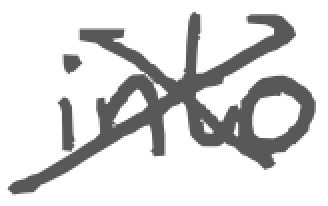
Text: into
Cross-out: mix
Writing tool: digital_gray